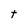
Character: t